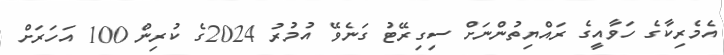
އެމެރިކާގެ ހަވާއީގެ ރައްޔިތުންނަށް ސިގިރޭޓު ގަނެވޭ އުމުރު 2024ގެ ކުރިން 100 އަހަރަށް